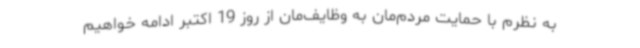
به نظرم با حمایت مردم‌مان به وظایف‌مان از روز 19 اکتبر ادامه خواهیم